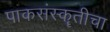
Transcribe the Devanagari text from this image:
पाकसंस्कॄतीचा